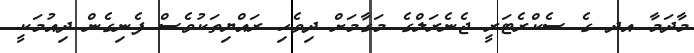
މާދަމާ އދ ގެ ސެކްރެޓަރީ ޖެނެރަލްގެ މަގާމަށް ދިވެހި ރައްޔިތަކުވެސް ފެނިގެން ދިއުމަކީ